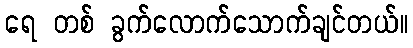
ရေ တစ် ခွက်လောက်သောက်ချင်တယ်။